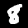
Digit: 8